18_100754_ General 1946-7_Vol_2
Agency: Department of War
Incident date: 12/30/47
Page 16
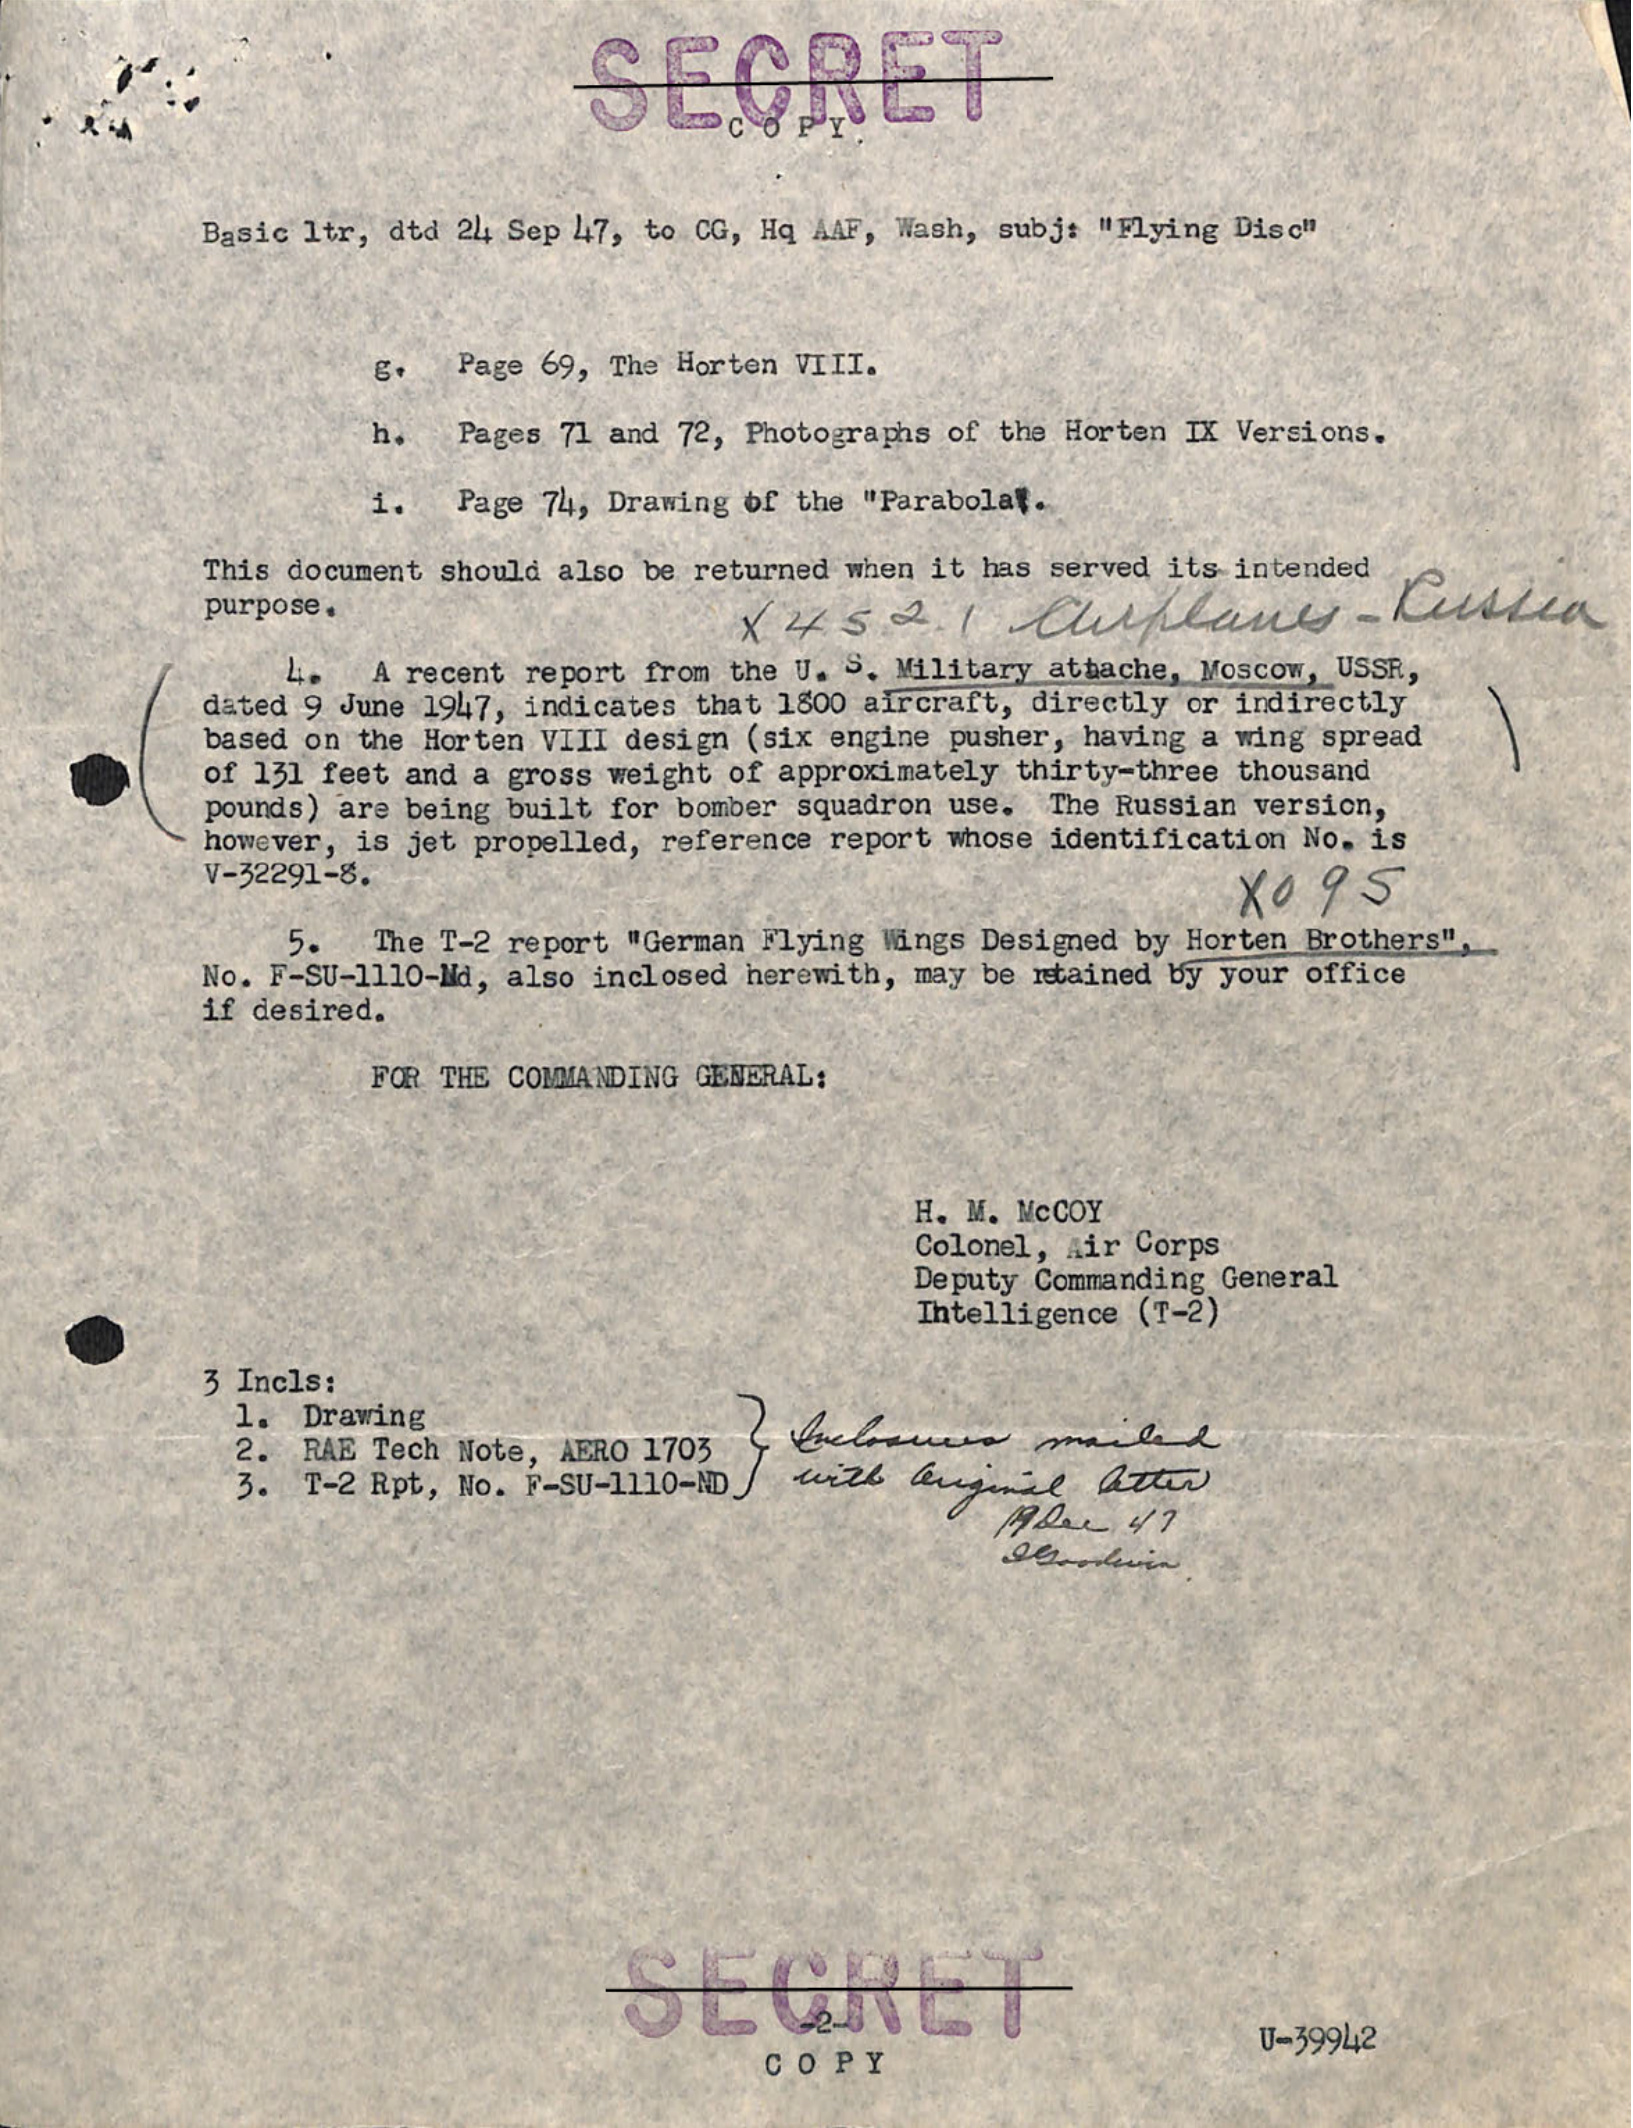